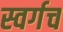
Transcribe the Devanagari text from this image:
स्वर्गच